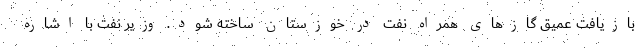
بازیافت عمیق گازهای همراه نفت در خوزستان ساخته شود. وزیر نفت با اشاره